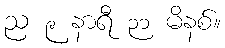
ည ၉ နာရီ ၃၁ မိနစ်။